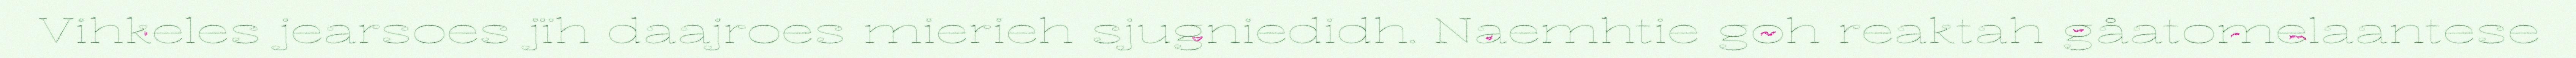
Vihkeles jearsoes jïh daajroes mierieh sjugniedidh. Naemhtie goh reaktah gåatomelaantese